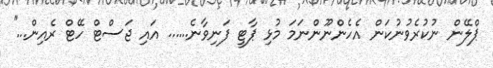
ޕްލޭން ނުކުރެވުނުކަން އެހެންނޫންނަމަ މުޅި ޕާޓީ ފަނިވާނެ...... އައި ޖަސްޓް ހޭޓް ރެއިން...''